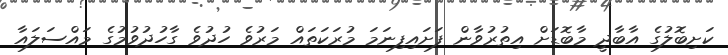
ކަށިބޮލުގެ އާބާދީ މާބޮޑަށް އިތުރުވާން ފަށައިފިނަމަ މުރަކަތައް މަރުވެ ހުދުވެ ގާހުދުވުމުގެ މައްސަލައާ